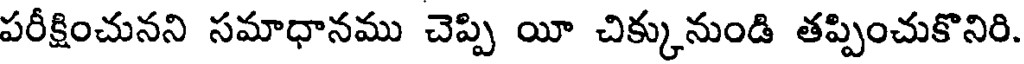
పరీక్షించునని సమాధానము చెప్పి యీ చిక్కునుండి తప్పించుకొనిరి.